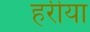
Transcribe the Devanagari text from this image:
हरीया